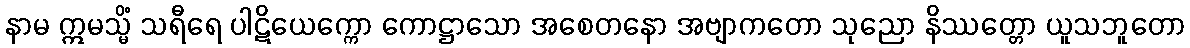
နာမ ဣမသ္မိံ သရီရေ ပါဋိယေက္ကော ကောဋ္ဌာသော အစေတနော အဗျာကတော သုညော နိဿတ္တော ယူသဘူတော